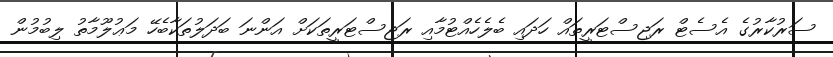
ސަރުކާރުގެ އެސެޓް ރަޖިސްޓަރީތައް ހަދައި ބެލެހެއްޓުމާއި ރަޖިސްޓަރީތަކަށް އަންނަ ބަދަލުތަކާބެހޭ މަޢުލޫމާތު ލިބުމުން